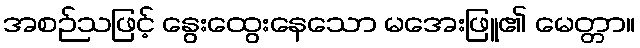
အစဉ်သဖြင့် နွေးထွေးနေသော မအေးဖြူ၏ မေတ္တာ။